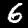
Label: 6